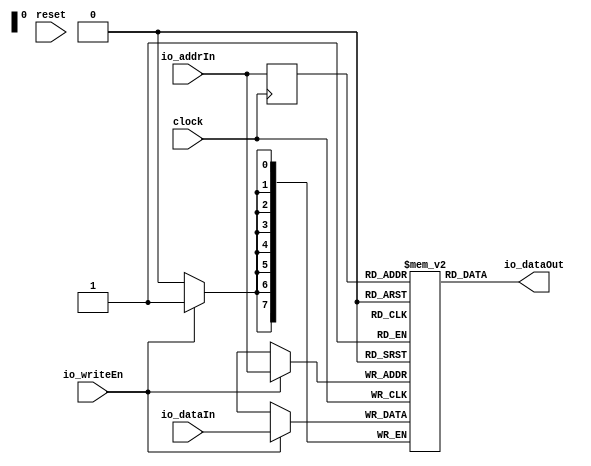
module RAM(
  input        clock,
  input        reset,
  input        io_writeEn,
  input  [7:0] io_addrIn,
  input  [7:0] io_dataIn,
  output [7:0] io_dataOut
);
`ifdef RANDOMIZE_REG_INIT
  reg [31:0] _RAND_0;
  reg [31:0] _RAND_1;
`endif // RANDOMIZE_REG_INIT
  reg [7:0] mem [0:255]; // @[RAM.scala 13:24]
  wire  mem_io_dataOut_MPORT_en; // @[RAM.scala 13:24]
  wire [7:0] mem_io_dataOut_MPORT_addr; // @[RAM.scala 13:24]
  wire [7:0] mem_io_dataOut_MPORT_data; // @[RAM.scala 13:24]
  wire [7:0] mem_MPORT_data; // @[RAM.scala 13:24]
  wire [7:0] mem_MPORT_addr; // @[RAM.scala 13:24]
  wire  mem_MPORT_mask; // @[RAM.scala 13:24]
  wire  mem_MPORT_en; // @[RAM.scala 13:24]
  reg  mem_io_dataOut_MPORT_en_pipe_0;
  reg [7:0] mem_io_dataOut_MPORT_addr_pipe_0;
  assign mem_io_dataOut_MPORT_en = mem_io_dataOut_MPORT_en_pipe_0;
  assign mem_io_dataOut_MPORT_addr = mem_io_dataOut_MPORT_addr_pipe_0;
  assign mem_io_dataOut_MPORT_data = mem[mem_io_dataOut_MPORT_addr]; // @[RAM.scala 13:24]
  assign mem_MPORT_data = io_dataIn;
  assign mem_MPORT_addr = io_addrIn;
  assign mem_MPORT_mask = 1'h1;
  assign mem_MPORT_en = io_writeEn;
  assign io_dataOut = mem_io_dataOut_MPORT_data; // @[RAM.scala 23:14]
  always @(posedge clock) begin
    if (mem_MPORT_en & mem_MPORT_mask) begin
      mem[mem_MPORT_addr] <= mem_MPORT_data; // @[RAM.scala 13:24]
    end
    mem_io_dataOut_MPORT_en_pipe_0 <= 1'h1;
    if (1'h1) begin
      mem_io_dataOut_MPORT_addr_pipe_0 <= io_addrIn;
    end
  end
// Register and memory initialization
`ifdef RANDOMIZE_GARBAGE_ASSIGN
`define RANDOMIZE
`endif
`ifdef RANDOMIZE_INVALID_ASSIGN
`define RANDOMIZE
`endif
`ifdef RANDOMIZE_REG_INIT
`define RANDOMIZE
`endif
`ifdef RANDOMIZE_MEM_INIT
`define RANDOMIZE
`endif
`ifndef RANDOM
`define RANDOM $random
`endif
  integer initvar;
`ifndef SYNTHESIS
`ifdef FIRRTL_BEFORE_INITIAL
`FIRRTL_BEFORE_INITIAL
`endif
initial begin
  `ifdef RANDOMIZE
    `ifdef INIT_RANDOM
      `INIT_RANDOM
    `endif
    `ifndef VERILATOR
      `ifdef RANDOMIZE_DELAY
        #`RANDOMIZE_DELAY begin end
      `else
        #0.002 begin end
      `endif
    `endif
`ifdef RANDOMIZE_REG_INIT
  _RAND_0 = {1{`RANDOM}};
  mem_io_dataOut_MPORT_en_pipe_0 = _RAND_0[0:0];
  _RAND_1 = {1{`RANDOM}};
  mem_io_dataOut_MPORT_addr_pipe_0 = _RAND_1[7:0];
`endif // RANDOMIZE_REG_INIT
  `endif // RANDOMIZE
  $readmemb("binary.bin", mem);
end // initial
`ifdef FIRRTL_AFTER_INITIAL
`FIRRTL_AFTER_INITIAL
`endif
`endif // SYNTHESIS
endmodule